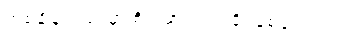
တစ်ချိန်တည်းမှာ စိတ်ဓာတ် ကြံ့ခိုင်စေချင်တယ်။